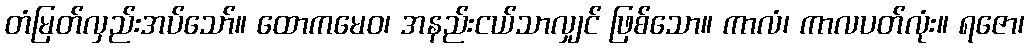
တံမြတ်လှည်းအပ်သော်။ ထောကမေဝ၊ အနည်းငယ်သာလျှင် ဖြစ်သော။ ကာလံ၊ ကာလပတ်လုံး။ ရဇော၊